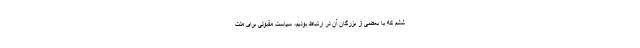
ششم که با بعضی از بزرگان آن در ارتباط بودیم، سیاست مقبولی برای ملت